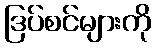
ဒြပ်စင်များကို